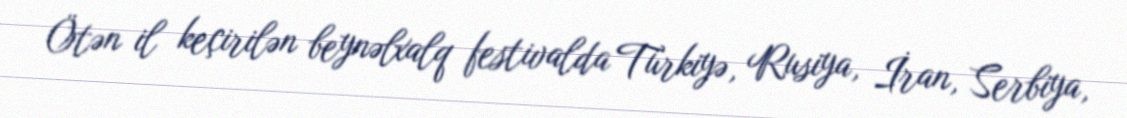
Ötən il keçirilən beynəlxalq festivalda Türkiyə, Rusiya, İran, Serbiya,